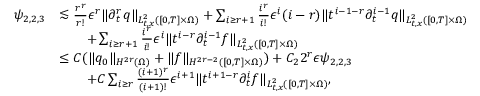
\begin{array} { r l } { \psi _ { 2 , 2 , 3 } } & { \lesssim \frac { r ^ { r } } { r ! } \epsilon ^ { r } \| \partial _ { t } ^ { r } q \| _ { L _ { t , x } ^ { 2 } ( [ 0 , T ] \times \Omega ) } + \sum _ { i \ge r + 1 } \frac { i ^ { r } } { i ! } \epsilon ^ { i } ( i - r ) \| t ^ { i - 1 - r } \partial _ { t } ^ { i - 1 } q \| _ { L _ { t , x } ^ { 2 } ( [ 0 , T ] \times \Omega ) } } \\ & { \quad \quad + \sum _ { i \ge r + 1 } \frac { i ^ { r } } { i ! } \epsilon ^ { i } \| t ^ { i - r } \partial _ { t } ^ { i - 1 } f \| _ { L _ { t , x } ^ { 2 } ( [ 0 , T ] \times \Omega ) } } \\ & { \le C ( \| q _ { 0 } \| _ { H ^ { 2 r } ( \Omega ) } + \| f \| _ { H ^ { 2 r - 2 } ( [ 0 , T ] \times \Omega ) } ) + C _ { 2 } 2 ^ { r } \epsilon \psi _ { 2 , 2 , 3 } } \\ & { \quad \quad + C \sum _ { i \ge r } \frac { ( i + 1 ) ^ { r } } { ( i + 1 ) ! } \epsilon ^ { i + 1 } \| t ^ { i + 1 - r } \partial _ { t } ^ { i } f \| _ { L _ { t , x } ^ { 2 } ( [ 0 , T ] \times \Omega ) } , } \end{array}